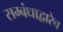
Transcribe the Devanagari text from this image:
सम्बंधाद्वारेच